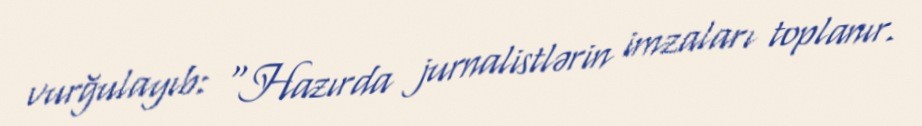
vurğulayıb: “Hazırda jurnalistlərin imzaları toplanır.